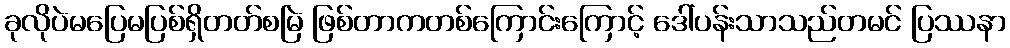
ခုလိုပဲမပြေမပြစ်ရှိတတ်စမြဲ ဖြစ်တာကတစ်ကြောင်းကြောင့် ဒေါ်ပန်းသာသည်တမင် ပြဿနာ